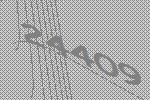
24409